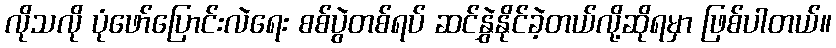
လိုသလို ပုံဖော်ပြောင်းလဲရေး စစ်ပွဲတစ်ရပ် ဆင်နွှဲနိုင်ခဲ့တယ်လို့ဆိုရမှာ ဖြစ်ပါတယ်။